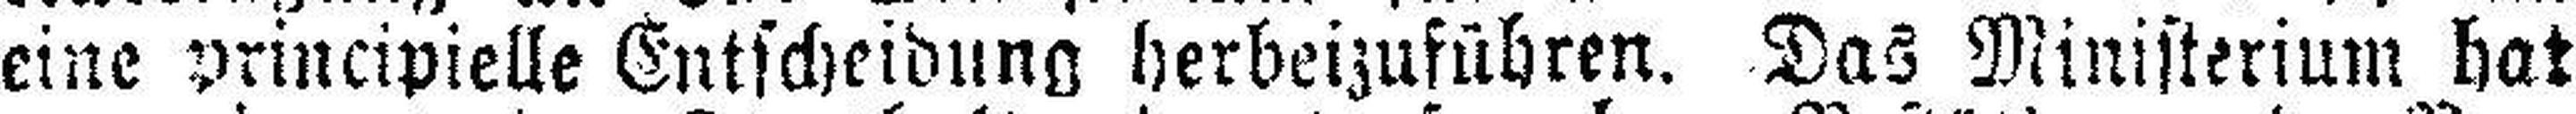
eine principielle Entscheidung herbeizuführen. Das Ministerium hat